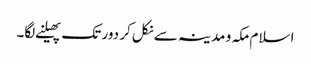
اسلام مکہ و مدینہ سے نکل کر دور تک پھیلنے لگا۔